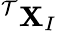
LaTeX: {}^{\mathcal{T}}\mathbf{X}_{I}